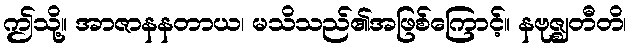
ဤသို့။ အာဇာနနတာယ၊ မသိသည်၏အဖြစ်ကြောင့်။ နဗုဇ္ဈတီတိ၊